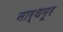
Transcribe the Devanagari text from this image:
नार्थमूर